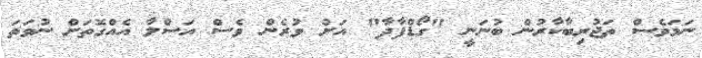
ނަމަވެސް ތަޖުރިބާކާރުން ބުނަނީ "ގޯޑްފާދާ" އަށް ވުރެން ވެސް އަސްލާ އެއްގޮތަށް ނުވަތަ